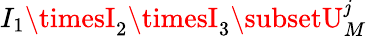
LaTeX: I_{1}\timesI_{2}\timesI_{3}\subsetU_{M}^{\mathit{j}}